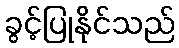
ခွင့်ပြုနိုင်သည်